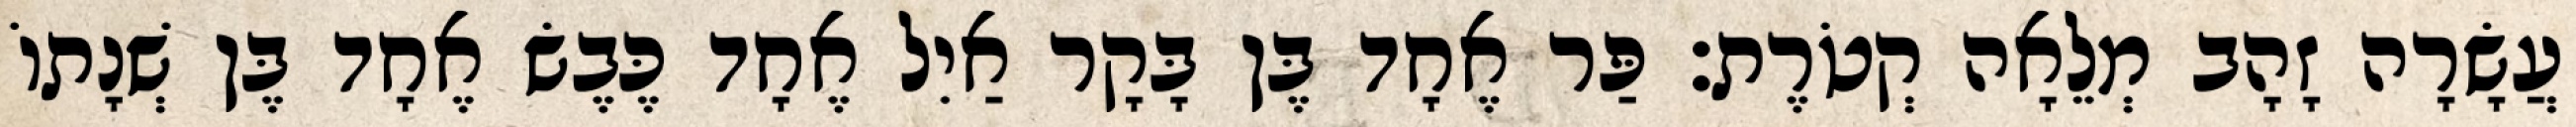
עֲשָׂרָה זָהָב מְלֵאָה קְטֹרֶת׃ פַּר אֶחָד בֶּן בָּקָר אַיִל אֶחָד כֶּבֶשׂ אֶחָד בֶּן שְׁנָתוֹ